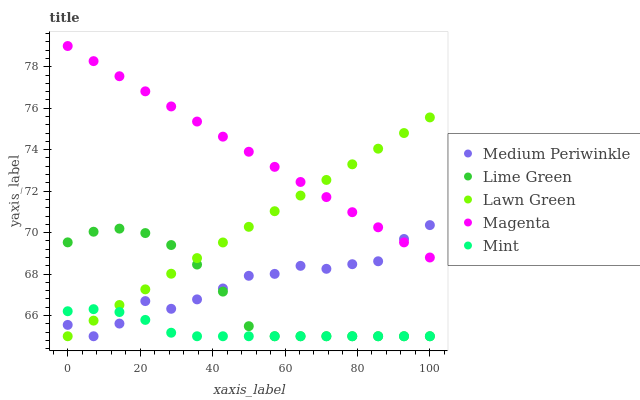
| xaxis_label | Medium Periwinkle | Lime Green | Lawn Green | Magenta | Mint |
 | --- | --- | --- | --- | --- | --- |
 | 0 | 65.5 | 69.5 | 65 | 79 | 66.2 |
 | 7.14 | 65 | 70 | 65.8 | 78.3 | 66.3 |
 | 14.3 | 65.6 | 70.2 | 66.5 | 77.5 | 66.2 |
 | 21.4 | 66.7 | 70 | 67.3 | 76.8 | 65.8 |
 | 28.6 | 66.3 | 69.4 | 68 | 76.1 | 65.2 |
 | 35.7 | 66.8 | 68.5 | 68.8 | 75.4 | 65 |
 | 42.9 | 67.3 | 67.2 | 69.5 | 74.6 | 65 |
 | 50 | 67.9 | 65.5 | 70.3 | 73.9 | 65 |
 | 57.1 | 68 | 65 | 71 | 73.2 | 65 |
 | 64.3 | 68.4 | 65 | 71.8 | 72.4 | 65 |
 | 71.4 | 68.3 | 65 | 72.5 | 71.7 | 65 |
 | 78.6 | 68.5 | 65 | 73.3 | 71 | 65 |
 | 85.7 | 68.6 | 65 | 74 | 70.3 | 65 |
 | 92.9 | 69.7 | 65 | 74.8 | 69.5 | 65 |
 | 100 | 70.4 | 65 | 75.6 | 68.8 | 65 |